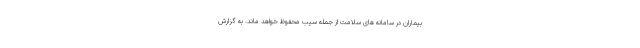
بیماران در سامانه های سلامت از جمله سیب محفوظ خواهد ماند. به گزارش